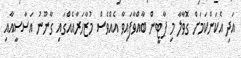
އަދި އެކަންކަމަށް ގޮވާލާ މި ޕާޓީން ބާއްވާފައިވާ އެއްވެސް މުޒާހަރާއެއްގައި ގާނޫނު އަސާސީއާއި